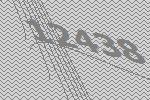
12438